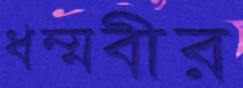
ধম্মবীর